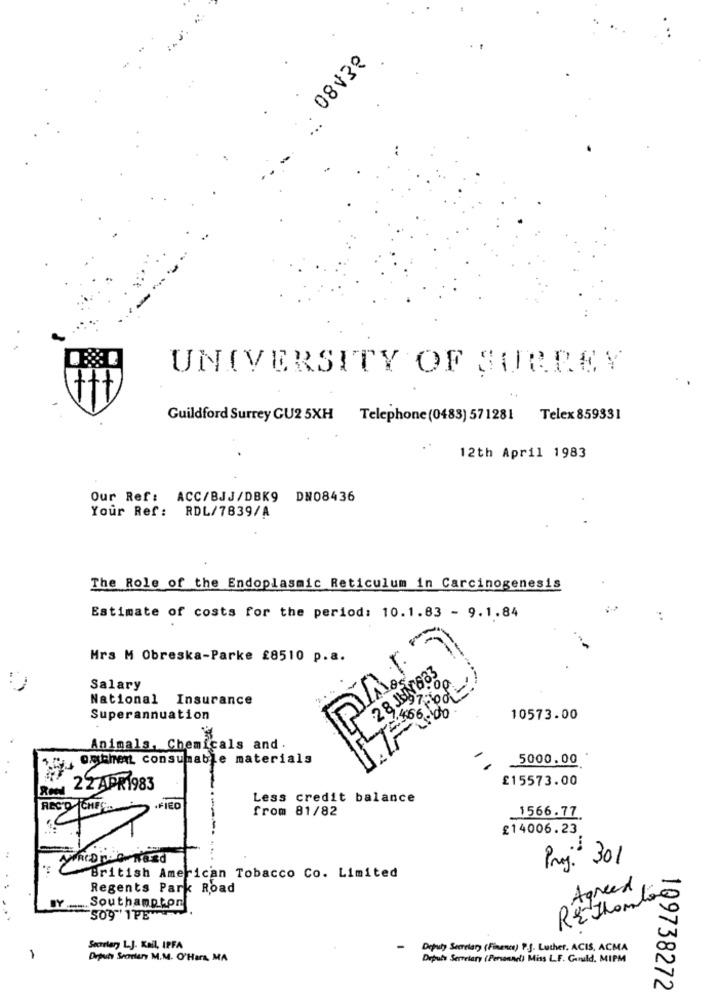
08v38
UNIVERSITY OF SURREY
Guildford Surrey GU2 5XH Telephone (0483) 571281 Telex 859331
12th April 1983
Our Ref: ACC/BJJ/DBK9 DN08436
Your Ref: RDL/7839/A
The Role of the Endoplasmic Reticulum in Carcinogenesis
Estimate of costs for the period: 10.1.83 - 9.1.84
..
Mrs M Obreska-Parke £8510 p.a.
28JUN683
Op
Salary
National Insurance
Superannuation
10573.00
Animals, Chemicals and.
Gy auchet consumable materials
Si
5000.00
£15573.00
Row 22 APR1983
Less credit balance
.FICO
from 81/82
1566.77
£14006.23.
Proj. 301
British American Tobacco Co. Limited
Regents Park Road
Agreed
REthomas
BY ....... Southampton
509 1PE
Secretary LJ. Kail, IPFA
Deputy Secretary (Finenes) P.J. Luther, ACIS, ACMA
Deputy Sporters M.M. O'Hara, MA
Deputy Servelary (Personar) Miss L.F. Gould. MIPM
109738272